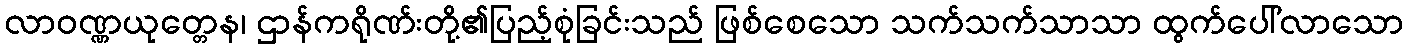
လာဝဏ္ဏယုတ္တေန၊ ဌာန်ကရိုဏ်းတို့၏ပြည့်စုံခြင်းသည် ဖြစ်စေသော သက်သက်သာသာ ထွက်ပေါ်လာသော